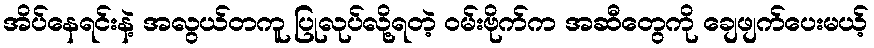
အိပ်နေရင်းနဲ့ အလွယ်တကူ ပြုလုပ်လို့ရတဲ့ ဝမ်းဗိုက်က အဆီတွေကို ချေဖျက်ပေးမယ့်